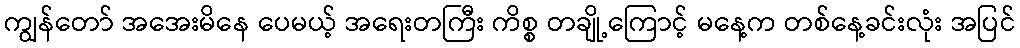
ကျွန်တော် အအေးမိနေ ပေမယ့် အရေးတကြီး ကိစ္စ တချို့ကြောင့် မနေ့က တစ်နေ့ခင်းလုံး အပြင်